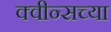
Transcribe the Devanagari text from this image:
क्वीन्सच्या